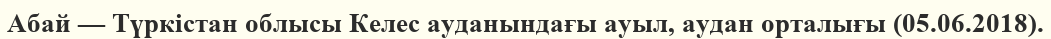
Абай — Түркістан облысы Келес ауданындағы ауыл, аудан орталығы (05.06.2018).